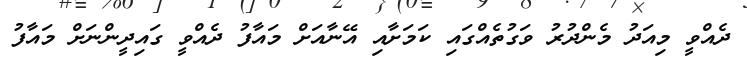
ދެއްވީ މިއަދު މެންދުރު ވަގުތެއްގައި ކަމަށާއި އޭނާއަށް މައާފު ދެއްވީ ގައިދީންނަށް މައާފު